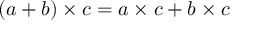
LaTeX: ( a + b ) \times c = a \times c + b \times c